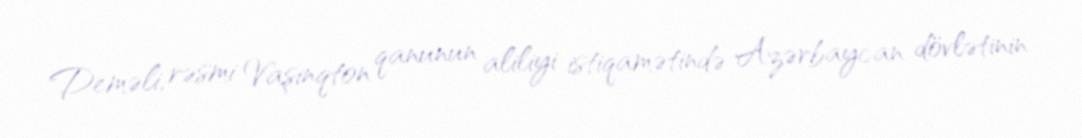
Deməli, rəsmi Vaşinqton qanunun aliliyi istiqamətində Azərbaycan dövlətinin